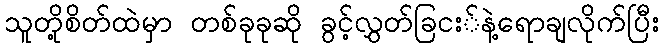
သူတို့စိတ်ထဲမှာ တစ်ခုခုဆို ခွင့်လွှတ်ခြငး်နဲ့ရောချလိုက်ပြီး